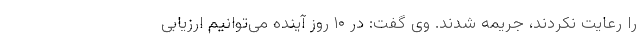
را رعایت نکردند، جریمه شدند. وی گفت: در ۱۰ روز آینده می‌توانیم ارزیابی